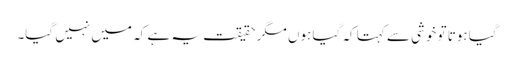
گیا ہوتا تو خوشی سے کہتا کہ گیا ہوں مگر حقیقت یہ ہے کہ میں نہیں گیا۔